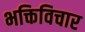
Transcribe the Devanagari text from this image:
भक्तिविचार